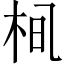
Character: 𪲂